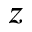
z